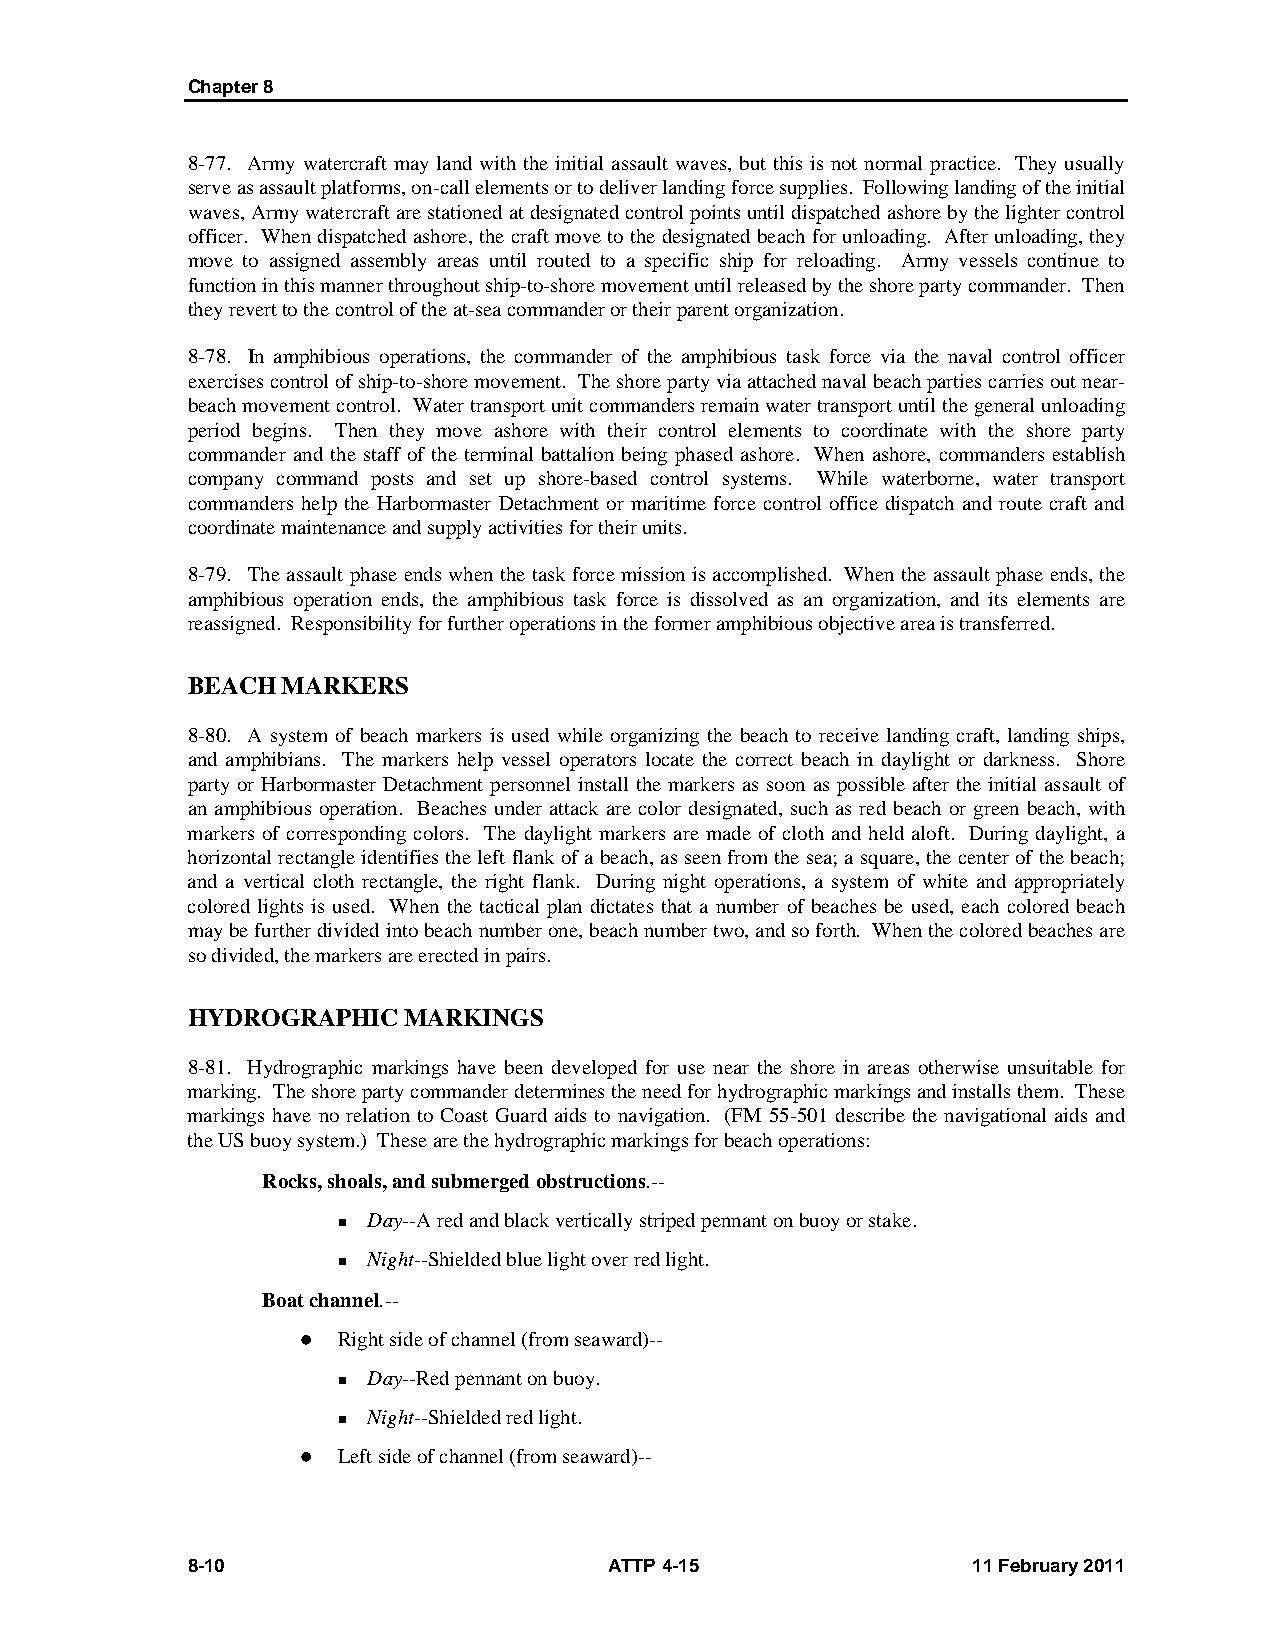
Chapter 8
 8-77. Army watercraft may land with the initial assault waves, but this is not normal practice. They usually
 serve as assault platforms, on-call elements or to deliver landing force supplies. Following landing of the initial
 waves, Army watercraft are stationed at designated control points until dispatched ashore by the lighter control
 officer. When dispatched ashore, the craft move to the designated beach for unloading. After unloading, they
 move to assigned assembly areas until routed to a specific ship for reloading. Army vessels continue to
 function in this manner throughout ship-to-shore movement until released by the shore party commander. Then
 they revert to the control of the at-sea commander or their parent organization.
 8-78. In amphibious operations, the commander of the amphibious task force via the naval control officer
 exercises control of ship-to-shore movement. The shore party via attached naval beach parties carries out near-
 beach movement control. Water transport unit commanders remain water transport until the general unloading
 period begins. Then they move ashore with their control elements to coordinate with the shore party
 commander and the staff of the terminal battalion being phased ashore. When ashore, commanders establish
 company command posts and set up shore-based control systems. While waterborne, water transport
 commanders help the Harbormaster Detachment or maritime force control office dispatch and route craft and
 coordinate maintenance and supply activities for their units.
 8-79. The assault phase ends when the task force mission is accomplished. When the assault phase ends, the
 amphibious operation ends, the amphibious task force is dissolved as an organization, and its elements are
 reassigned. Responsibility for further operations in the former amphibious objective area is transferred.
 BEACH  MARKERS
 8-80. A system of beach markers is used while organizing the beach to receive landing craft, landing ships,
 and amphibians. The markers help vessel operators locate the correct beach in daylight or darkness. Shore
 party or Harbormaster Detachment personnel install the markers as soon as possible after the initial assault of
 an amphibious operation. Beaches under attack are color designated, such as red beach or green beach, with
 markers of corresponding colors. The daylight markers are made of cloth and held aloft. During daylight, a
 horizontal rectangle identifies the left flank of a beach, as seen from the sea; a square, the center of the beach;
 and a vertical cloth rectangle, the right flank. During night operations, a system of white and appropriately
 colored lights is used. When the tactical plan dictates that a number of beaches be used, each colored beach
 may be further divided into beach number one, beach number two, and so forth. When the colored beaches are
 so divided, the markers are erected in pairs.
 HYDROGRAPHIC   MARKINGS
 8-81. Hydrographic markings have been developed for use near the shore in areas otherwise unsuitable for
 marking. The shore party commander determines the need for hydrographic markings and installs them. These
 markings have no relation to Coast Guard aids to navigation. (FM 55-501 describe the navigational aids and
 the US buoy system.) These are the hydrographic markings for beach operations:
 Rocks, shoals, and submerged obstructions.--
 Day--A red and black vertically striped pennant on buoy or stake.
 
 Night--Shielded blue light over red light.
 
 Boat channel.--
  Right side of channel (from seaward)--
 Day--Red pennant on buoy.
 
 Night--Shielded red light.
 
  Left side of channel (from seaward)--
 8-10                        ATTP 4-15               11 February 2011